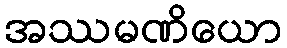
အဿမဏိယော